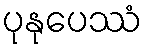
ပုနုပေဿံ